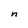
Character: n